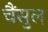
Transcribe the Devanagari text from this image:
चैंसुल